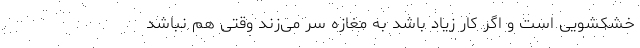
خشکشویی است و اگر کار زیاد باشد به مغازه سر می‌زند وقتی هم نباشد